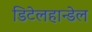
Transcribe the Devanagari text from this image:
डिटेलहान्डेल